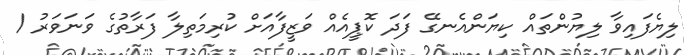
ލިޔެފައިވާ ލިޔުންތައް ކިޔަންއެނގޭ ފަދަ ކޮޕީއެއް ވަޒީފާއަށް ކުރިމަތިލާ ފަރާތުގެ ވަނަވަރު /